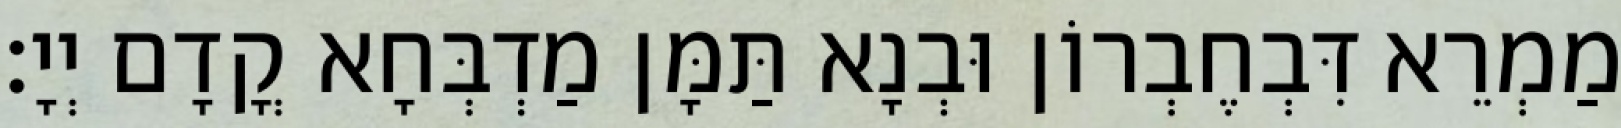
מַמְרֵא דִּבְחֶבְרוֹן וּבְנָא תַּמָּן מַדְבְּחָא קֳדָם יְיָ׃